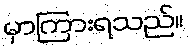
မှာကြားရသည်။